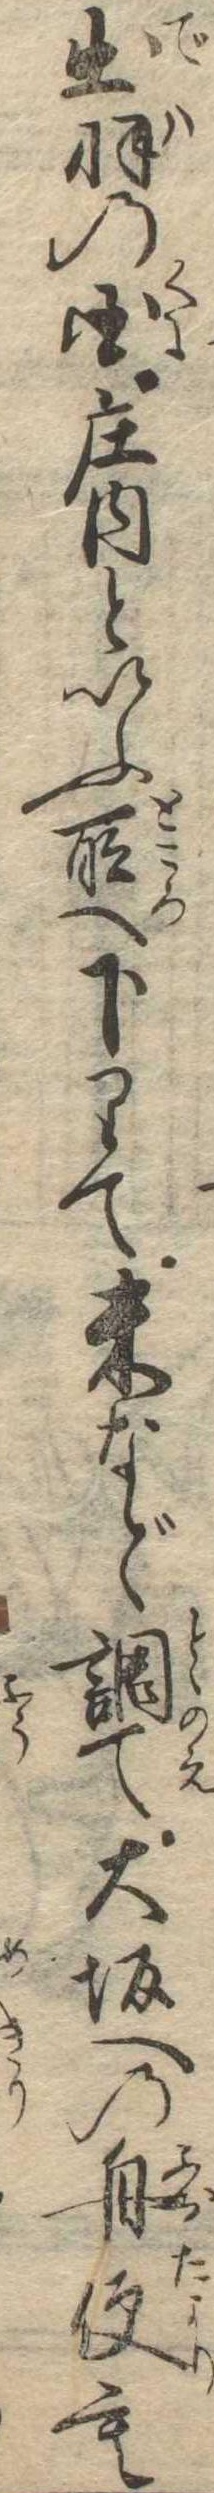
出羽の国荘内といふ所へ下りて米など調て大坂への舟便も